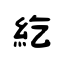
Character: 紇